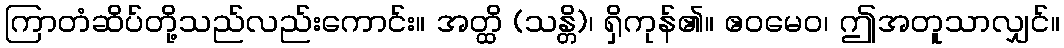
ကြာတံဆိပ်တို့သည်လည်းကောင်း။ အတ္ထိ (သန္တိ)၊ ရှိကုန်၏။ ဧဝမေဝ၊ ဤအတူသာလျှင်။